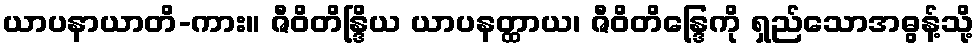
ယာပနာယာတိ-ကား။ ဇီဝိတိန္ဒြိယ ယာပနတ္ထာယ၊ ဇီဝိတိန္ဒြေကို ရှည်သောအဓွန့်သို့